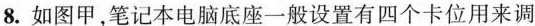
8.如图甲，笔记本电脑底座一般设置有四个卡位用来调